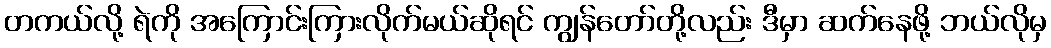
တကယ်လို့ ရဲကို အကြောင်းကြားလိုက်မယ်ဆိုရင် ကျွန်တော်တို့လည်း ဒီမှာ ဆက်နေဖို့ ဘယ်လိုမှ